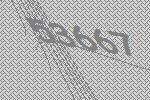
53667